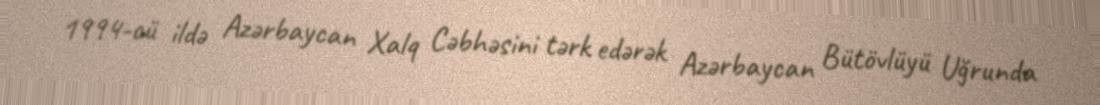
1994-cü ildə Azərbaycan Xalq Cəbhəsini tərk edərək Azərbaycan Bütövlüyü Uğrunda